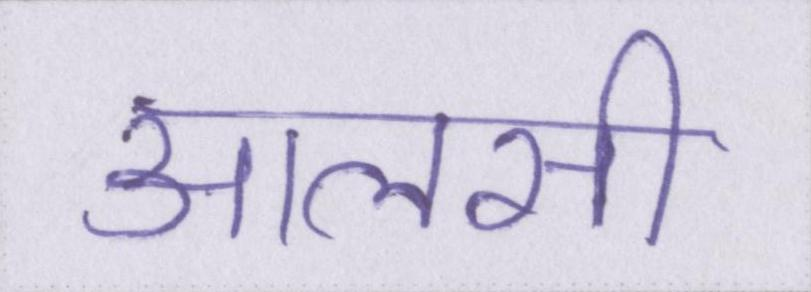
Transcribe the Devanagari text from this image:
आलसी